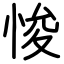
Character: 悛